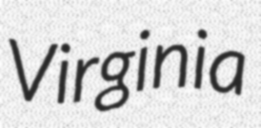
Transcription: Virginia